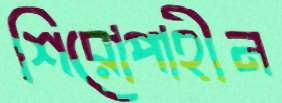
শিরোপাহীন